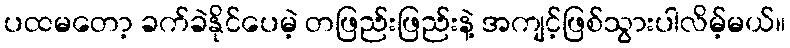
ပထမတော့ ခက်ခဲနိုင်ပေမဲ့ တဖြည်းဖြည်းနဲ့ အကျင့်ဖြစ်သွားပါလိမ့်မယ်။